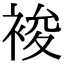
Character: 𧚉